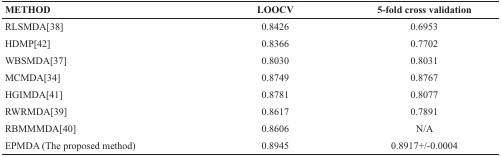
| METHOD | LOOCV | 5-fold cross validation |
 | --- | --- | --- |
 | RLSMDA[38] | 0.8426 | 0.6953 |
 | HDMP[42] | 0.8366 | 0.7702 |
 | WBSMDA[37] | 0.8030 | 0.8031 |
 | MCMDA[34] | 0.8749 | 0.8767 |
 | HGIMDA[41] | 0.8781 | 0.8077 |
 | RWRMDA[39] | 0.8617 | 0.7891 |
 | RBMMMDA[40] | 0.8606 | N/A |
 | EPMDA (The proposed method) | 0.8945 | 0.8917+/−0.0004 |